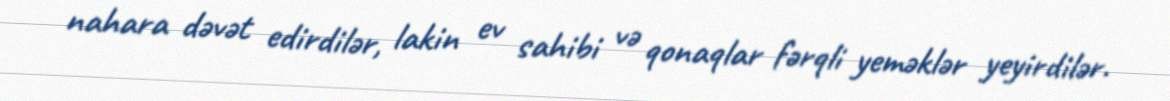
nahara dəvət edirdilər, lakin ev sahibi və qonaqlar fərqli yeməklər yeyirdilər.